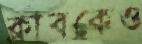
ক্লাবকেও